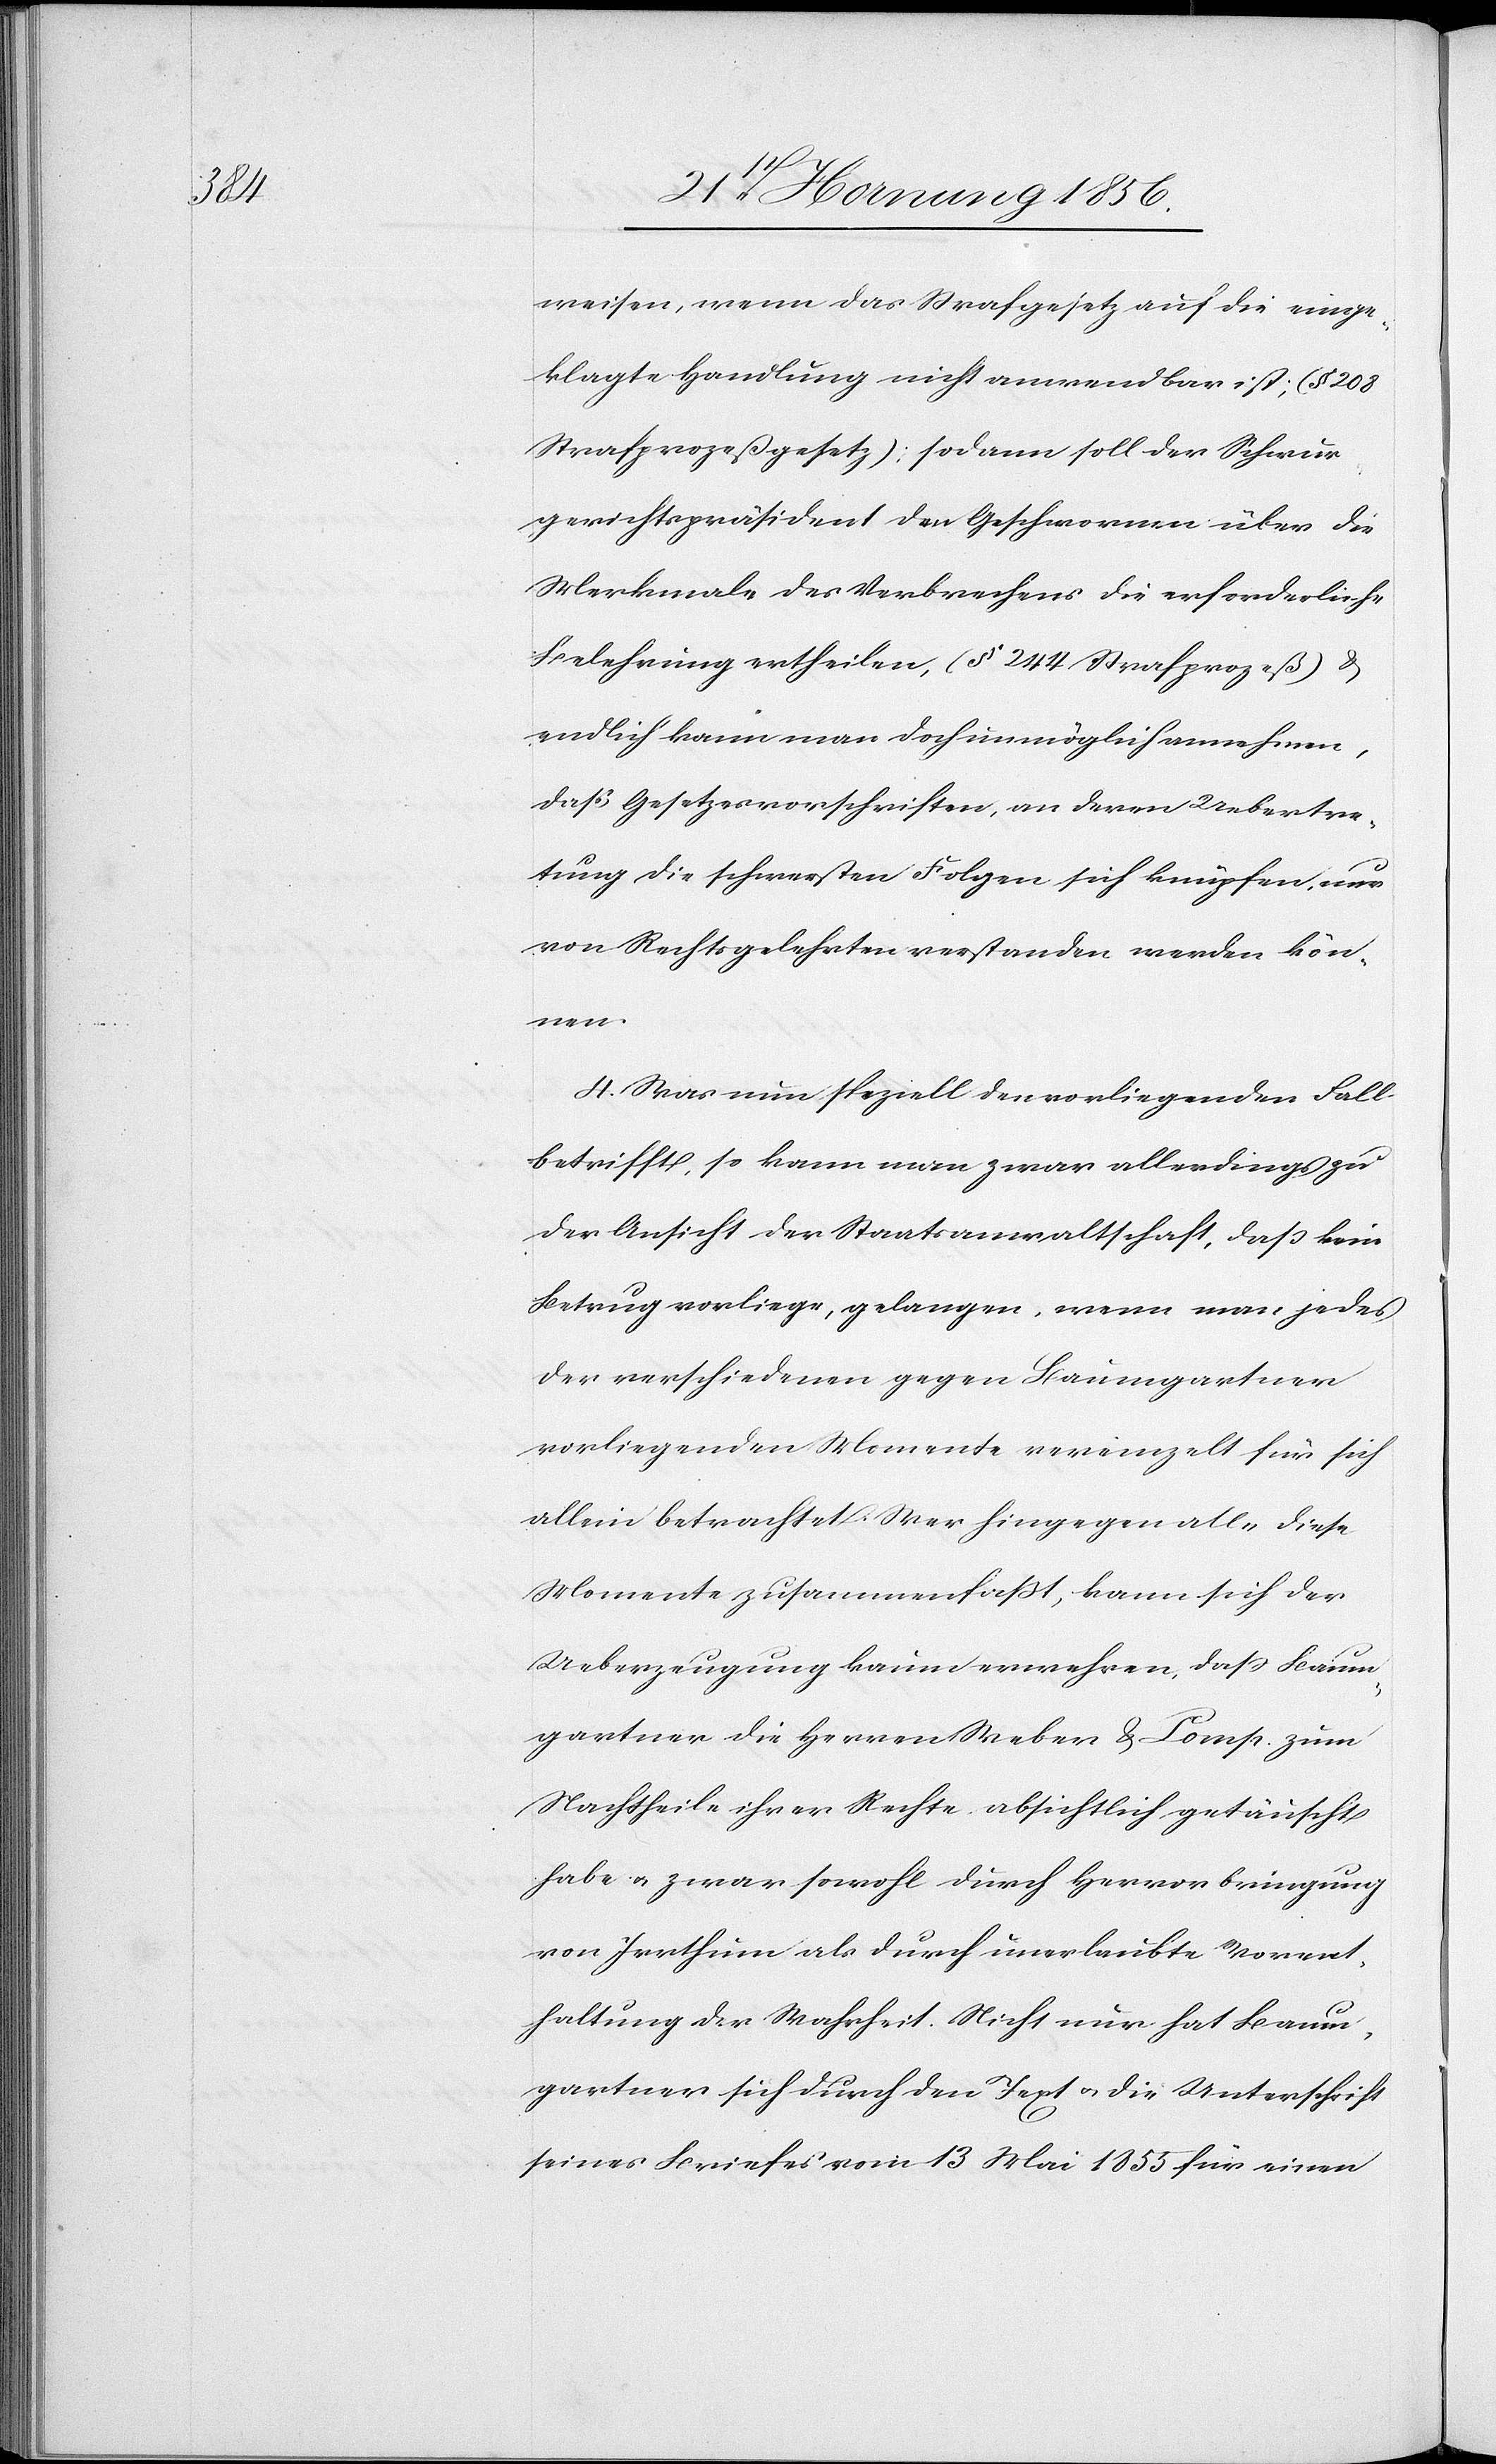
weisen, wenn das Strafgesetz auf die einge¬
klagte Handlung nicht anwendbar ist; (§ 208
Strafprozeßgesetz); sodann soll der Schwur¬
gerichtspräsident den Geschwornen über die
Merkmale des Verbrechens die erforderliche
Belehrung ertheilen, (§ 244 Strafprozeß) &
endlich kann man doch unmöglich annehmen,
daß Gesetzesvorschriften, an deren Uebertre¬
tung die schwersten Folgen sich knüpfen, nur
von Rechtsgelehrten verstanden werden kön¬
nen.
4. Was nun speziell den vorliegenden Fall
betriff, so kann man zwar allerdings zu
der Ansicht der Staatsanwaltschaft, daß kein
Betrug vorliege, gelangen, wenn man jedes
der verschiedenen gegen Baumgartner
vorliegenden Momente vereinzelt für sich
allein betrachtet. Wer hingegen alle diese
Momente zusammenfaßt, kann sich der
Ueberzeugung kaum erwehren, daß Baum¬
gartner die Herren Weber & Comp. zum
Nachtheile ihrer Rechte absichtlich getäuscht
habe u. zwar sowohl durch Hervorbringung
von Irrthum als durch unerlaubte Vorent¬
haltung der Wahrheit. Nicht nur hat Baum¬
gartner sich durch den Text u. die Unterschrift
seines Briefes vom 13 Mai 1855 für einen